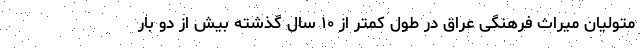
متولیان میراث فرهنگی عراق در طول کمتر از ۱۰ سال گذشته بیش از دو بار